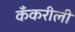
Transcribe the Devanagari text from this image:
कँकरीली